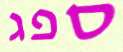
ספג